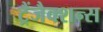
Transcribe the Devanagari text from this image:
ट्रैंजैक्शन्स